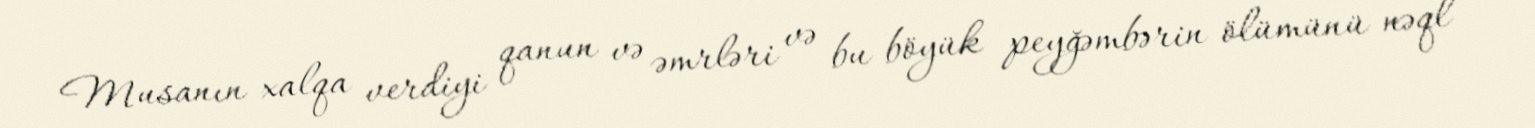
Musanın xalqa verdiyi qanun və əmrləri və bu böyük peyğəmbərin ölümünü nəql